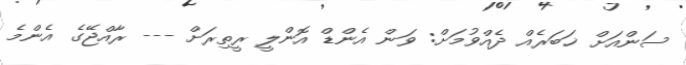
ސަންއަށް ޚަބަރެއް ދެއްވުމަށް: ވަން އެންޑް އޮންލީ ރީތިރަށް --- ރާއްޖޭގެ އެންމެ